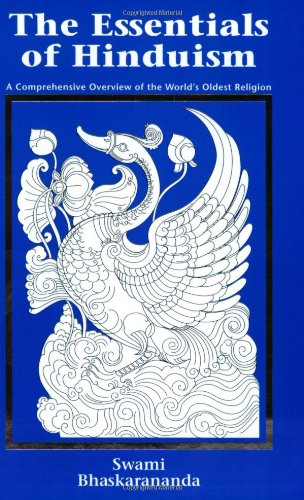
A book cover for The Essentials of Hinduism: A Comprehensive Overview of the World's Oldest Religion; Swami Bhaskarananda; Religion & Spirituality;